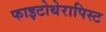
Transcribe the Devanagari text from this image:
फाइटोथेरापिस्ट